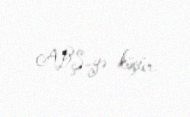
ABŞ-yə köçür.